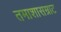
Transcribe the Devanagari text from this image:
तमाशासम्राट